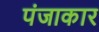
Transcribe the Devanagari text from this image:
पंजाकार